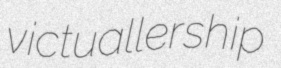
victuallership